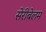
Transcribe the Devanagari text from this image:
सेरीबेलम